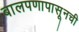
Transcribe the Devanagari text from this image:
बालपणापासूनची